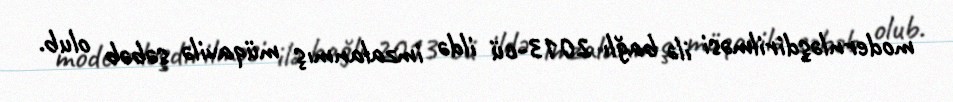
modernləşdirilməsi ilə bağlı 2013-cü ildə imzalanmış müqavilə səbəb olub.